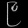
Digit: ၉